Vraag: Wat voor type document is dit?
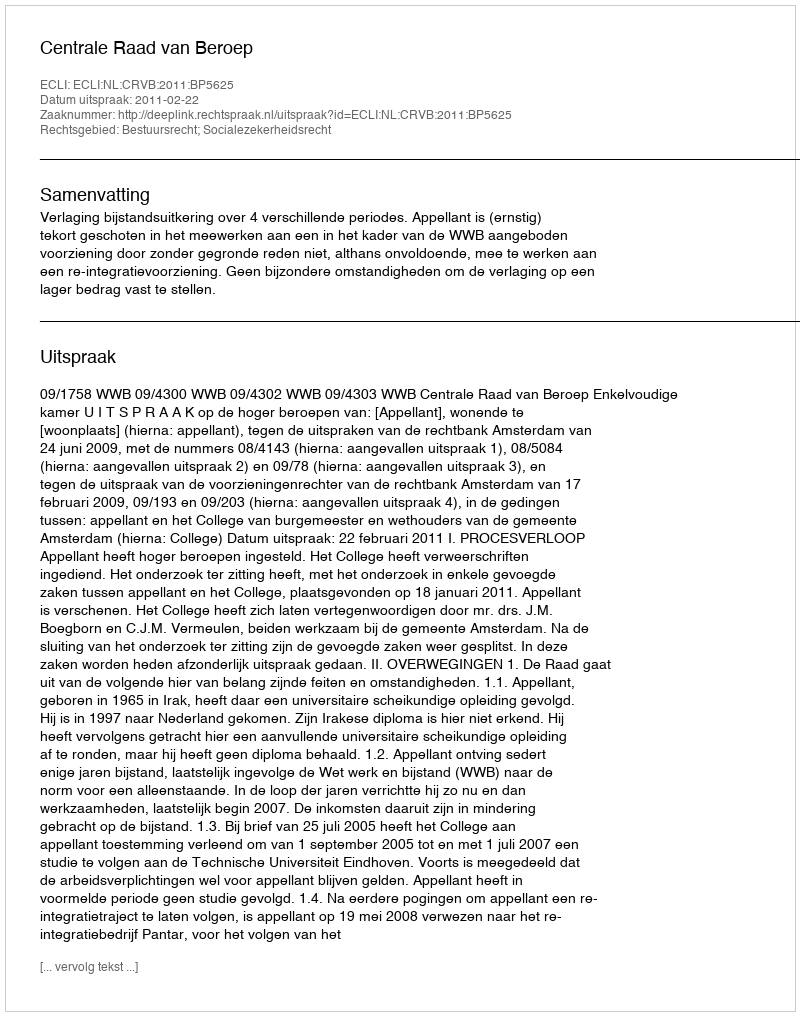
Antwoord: Uitspraak